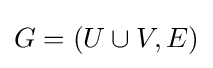
G=(U\cup V,E)